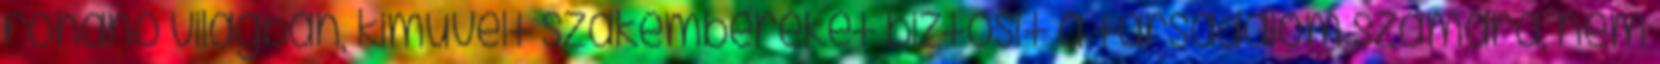
rohanó világban, kiművelt szakembereket biztosít a társadalom számára, nem